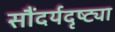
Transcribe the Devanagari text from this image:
सौंदर्यदृष्ट्या